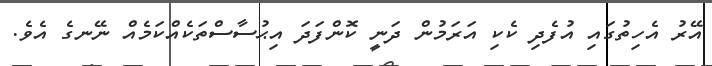
އޭރު އެހިތުގައި އުފެދި ކެކި އަރަމުން ދަނީ ކޮންފަދަ އިޙުސާސްތަކެއްކަމެއް ނޭނގެ އެވެ.